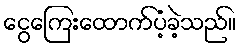
ငွေကြေးထောက်ပံ့ခဲ့သည်။